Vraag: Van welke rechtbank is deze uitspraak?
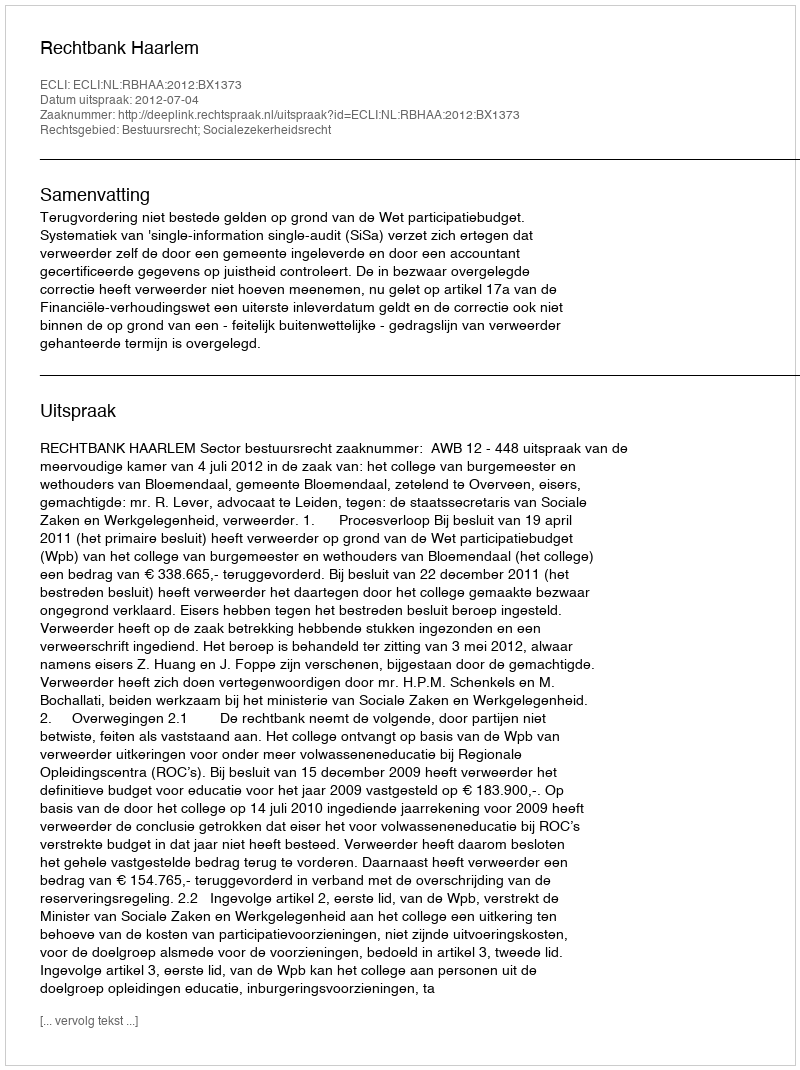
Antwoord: Rechtbank Haarlem